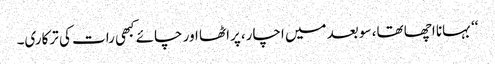
‘‘ بہانا اچھا تھا، سو بعد میں اچار، پراٹھا اور چائے کبھی رات کی ترکاری۔